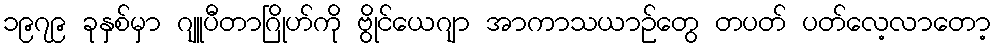
၁၉၇၉ ခုနှစ်မှာ ဂျူပီတာဂြိုဟ်ကို ဗွိုင်ယေဂျာ အာကာသယာဉ်တွေ တပတ် ပတ်လေ့လာတော့